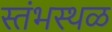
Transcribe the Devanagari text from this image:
स्तंभस्थळ